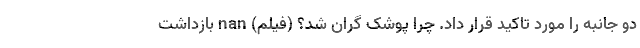
دو جانبه را مورد تاکید قرار داد. چرا پوشک گران شد؟ (فیلم) nan بازداشت